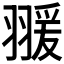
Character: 𦑛